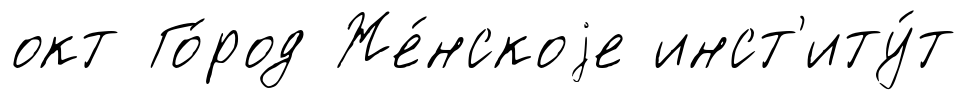
окт Го́род Же́нскоjе инст'иту́т